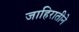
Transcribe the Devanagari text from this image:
जाहिरातीने